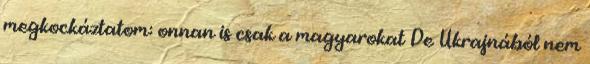
megkockáztatom: onnan is csak a magyarokat De Ukrajnából nem